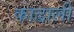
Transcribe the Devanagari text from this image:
काढाली